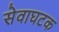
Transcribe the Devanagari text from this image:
सेवाघटक